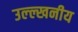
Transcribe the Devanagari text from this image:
उल्ल्खनीय